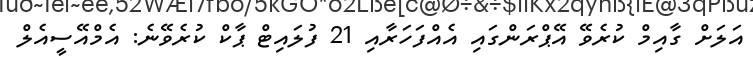
އަލަށް ގާއިމް ކުރެވޭ އޭޕްރަންގައި އެއްފަހަރާއި 21 ފުލައިޓް ޕާކް ކުރެވޭނެ: އެމްއޭސީއެލް